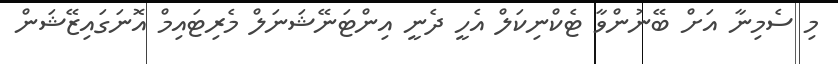
މި ސެމިނާ އަށް ބޭނުންވާ ޓެކްނިކަލް އެހީ ދެނީ އިންޓަނޭޝަނަލް މެރިޓައިމް އޮނަގައިޒޭޝަން